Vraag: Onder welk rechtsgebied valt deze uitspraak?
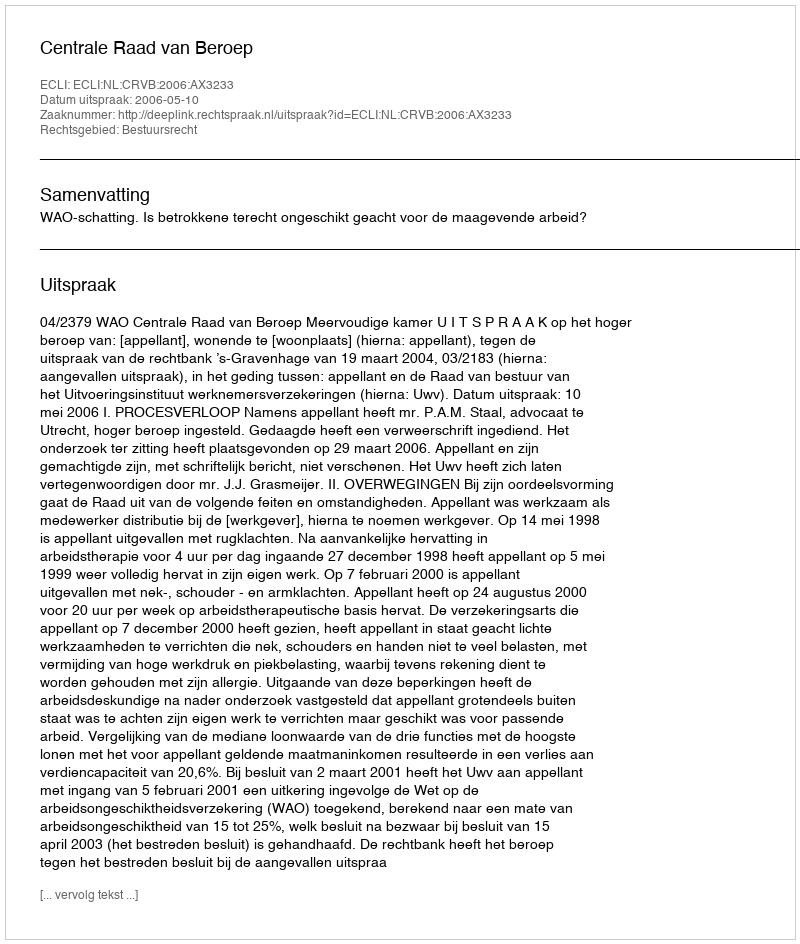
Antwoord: Bestuursrecht